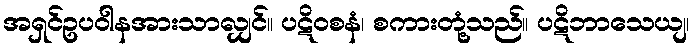
အရှင်ဥပဝါနအားသာလျှင်။ ပဋိဝစနံ၊ စကားတုံ့သည်။ ပဋိဘာသေယျ၊